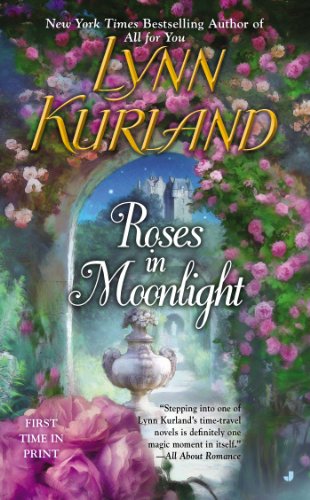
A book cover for Roses in Moonlight; Lynn Kurland; Romance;